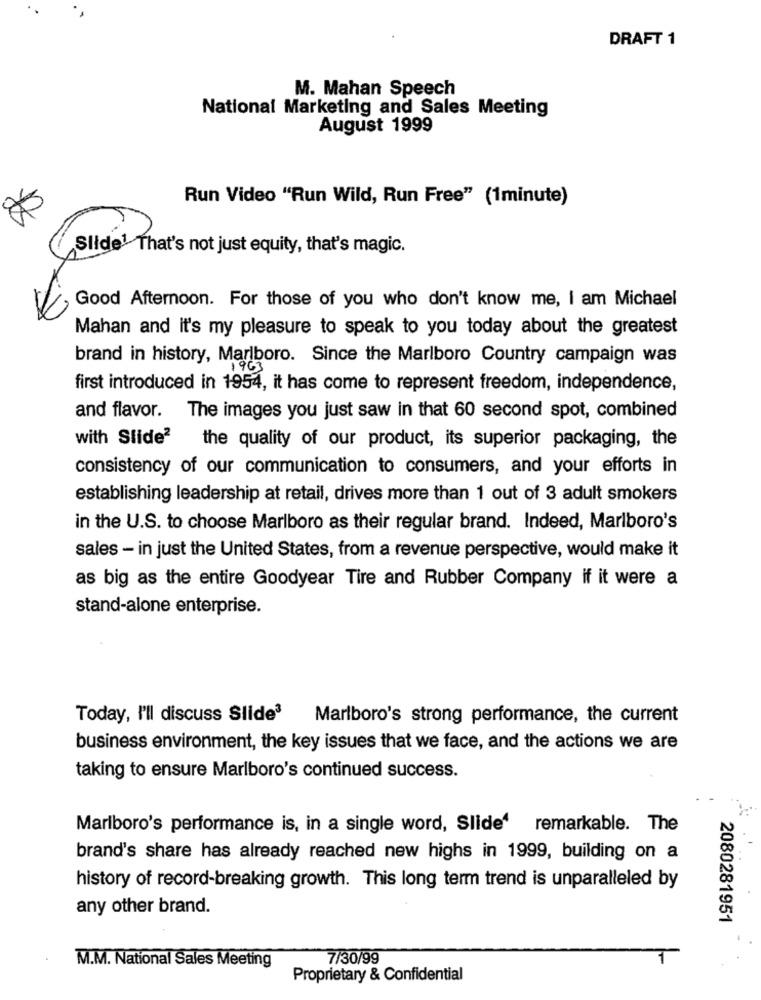
DRAFT 1
M. Mahan Speech
National Marketing and Sales Meeting
August 1999
Run Video "Run Wild, Run Free" (1minute)
Slide! That's not just equity, that's magic.
Good Afternoon. For those of you who don't know me, I am Michael
Mahan and it's my pleasure to speak to you today about the greatest
brand in history, Marlboro. Since the Marlboro Country campaign was
first introduced in 1954, it has come to represent freedom, independence,
and flavor.
The images you just saw in that 60 second spot, combined
with Slide2
the quality of our product, its superior packaging, the
consistency of our communication to consumers, and your efforts in
establishing leadership at retail, drives more than 1 out of 3 adult smokers
in the U.S. to choose Marlboro as their regular brand. Indeed, Marlboro's
sales - in just the United States, from a revenue perspective, would make it
as big as the entire Goodyear Tire and Rubber Company if it were a
stand-alone enterprise.
Today, I'll discuss Slide3
Marlboro's strong performance, the current
business environment, the key issues that we face, and the actions we are
taking to ensure Marlboro's continued success.
Marlboro's performance is, in a single word, Slide' remarkable. The
brand's share has already reached new highs in 1999, building on a
history of record-breaking growth. This long term trend is unparalleled by
any other brand.
2080281951
7/30/99
M.M. National Sales Meeting
Proprietary & Confidential